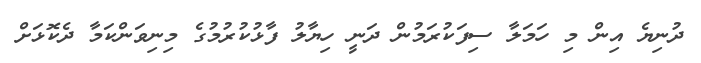
ދުނިޔެ އިން މި ހަމަލާ ސިފަކުރަމުން ދަނީ ހިޔާލު ފާޅުކުރުމުގެ މިނިވަންކަމާ ދެކޮޅަށް